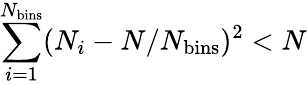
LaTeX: \sum_{i=1}^{N_{\mathrm{bins}}}(N_{i}-N/N_{\mathrm{bins}})^{2}<N